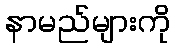
နာမည်များကို